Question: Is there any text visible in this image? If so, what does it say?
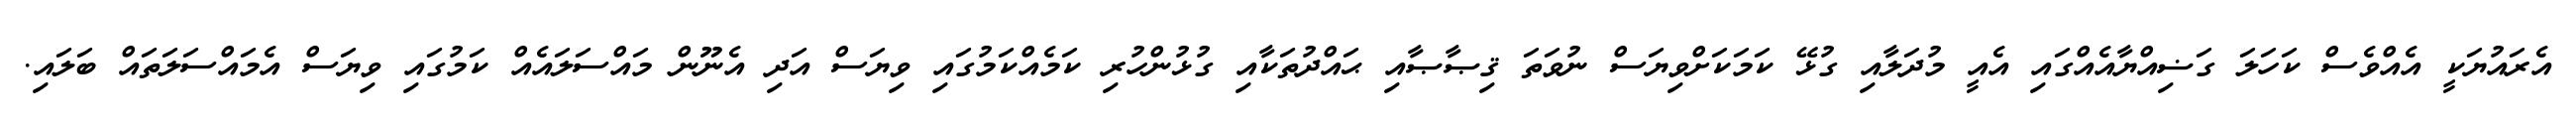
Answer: އެރައުޔަކީ އެއްވެސް ކަހަލަ ގަޟިއްޔާއެއްގައި އެއީ މުދަލާއި ގުޅޭ ކަމަކަށްވިޔަސް ނުވަތަ ޤިޞާޞާއި ޙައްދުތަކާއި ގުޅުންހުރި ކަމެއްކަމުގައި ވިޔަސް އަދި އެނޫން މައްސަލައެއް ކަމުގައި ވިޔަސް އެމައްސަލަތައް ބަލައި.